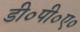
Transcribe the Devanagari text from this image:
डी०पी०ए०